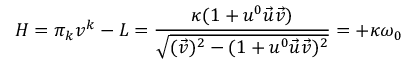
H = \pi _ { k } v ^ { k } - L = \frac { \kappa ( 1 + u ^ { 0 } \vec { u } \vec { v } ) } { \sqrt { ( \vec { v } ) ^ { 2 } - ( 1 + u ^ { 0 } \vec { u } \vec { v } ) ^ { 2 } } } = + \kappa \omega _ { 0 }